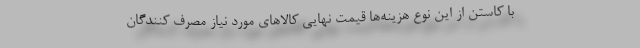
با کاستن از این نوع هزینه‌ها قیمت نهایی کالاهای مورد نیاز مصرف کنندگان